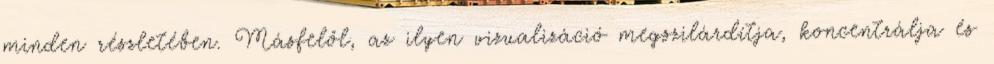
minden részletében. Másfelől, az ilyen vizualizáció megszilárdítja, koncentrálja és